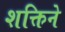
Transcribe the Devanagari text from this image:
शक्तिने